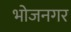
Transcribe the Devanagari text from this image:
भोजनगर